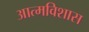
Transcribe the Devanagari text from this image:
आत्मविशास